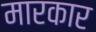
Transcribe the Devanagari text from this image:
मारकार